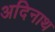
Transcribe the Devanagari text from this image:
अदिनाथ